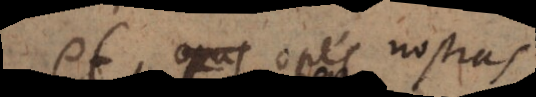
opes nostras